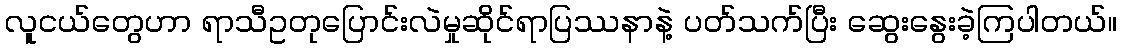
လူငယ်တွေဟာ ရာသီဥတုပြောင်းလဲမှုဆိုင်ရာပြဿနာနဲ့ ပတ်သက်ပြီး ဆွေးနွေးခဲ့ကြပါတယ်။